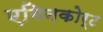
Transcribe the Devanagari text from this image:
एगिनकोर्ट